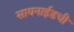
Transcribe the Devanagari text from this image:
सायनाईडची